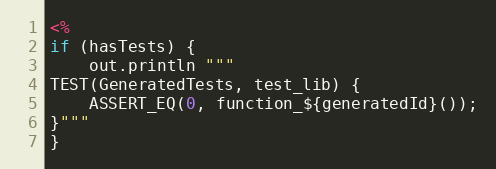
Language: C++
<%
if (hasTests) {
    out.println """
TEST(GeneratedTests, test_lib) {
    ASSERT_EQ(0, function_${generatedId}());
}"""
}